Lunatic asylums Madras 1892-1911 - 1892-1911
Year: 1892
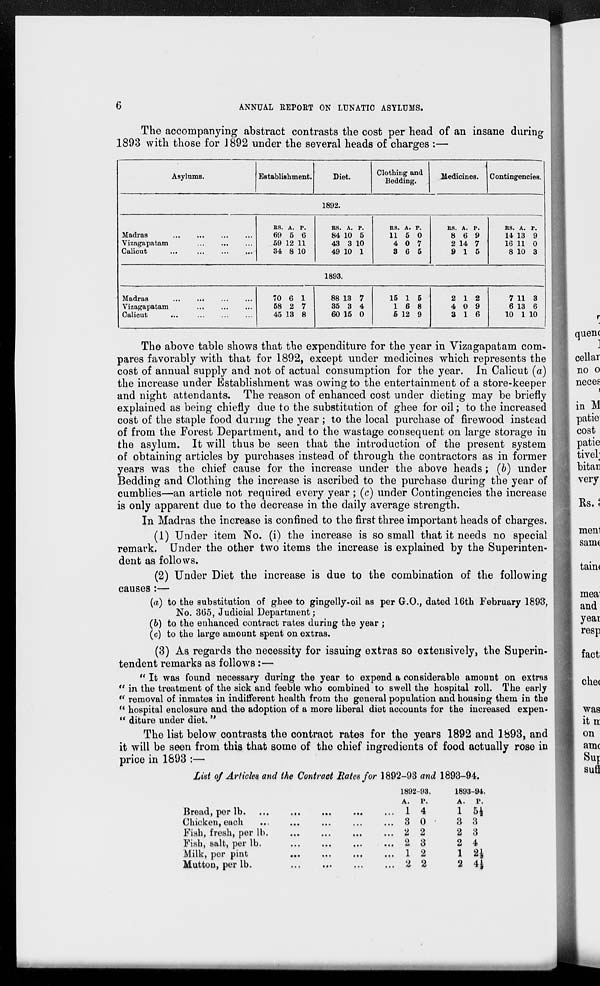
6
ANNUAL REPORT ON LUNATIC ASYLUMS.
The accompanying abstract contrasts the cost per head of an insane during
1893 with those for 1892 under the several heads of charges :—
Asylums.
Establishment.
Diet.
Clothing and
Bedding.
Medicines. Contingencies.
1892.
Madras ... ... ... ...
Vizagapatam
...
...
...
Calicut ... ... ... ...
RS.
69
59
34
A.
5
12
8
P.
6
11
10
RS.
84
43
49
A.
10
3
10
P.
5
10
1
RS.
11
4
3
A.
5
0
6
P.
0
7 5
RS.
8
2
9
A.
6
14
1
P.
9
7 5
RS.
14
16
8
A.
13
11
10
P.
9
0
3
1893.
Madras ... ... ... ...
Vizagapatam ... ... ...
Calicut ... ... ... ...
70
58
45
6
2
13
1
7
8
88
35
60
13
3
15
7
4
0
15
1
5
1
6
12
5
8
9
2
4
3
1
0
1
2
9
6
7
6
10
11
13
1
3
6
10
The above table shows that the expenditure for the year in Vizagapatam com-
pares favorably with that for 1892, except under medicines which represents the
cost of annual supply and not of actual consumption for the year. In Calicut (a)
the increase under Establishment was owing to the entertainment of a store-keeper
and night attendants. The reason of enhanced cost under dieting may be briefly
explained as being chiefly due to the substitution of ghee for oil; to the increased
cost of the staple food during the year; to the local purchase of firewood instead
of from the Forest Department, and to the wastage consequent on large storage in
the asylum. It will thus be seen that the introduction of the present system
of obtaining articles by purchases instead of through the contractors as in former
years was the chief cause for the increase under the above heads; (b) under
Bedding and Clothing the increase is ascribed to the purchase during the year of
cumblies—an article not required every year; (c) under Contingencies the increase
is only apparent due to the decrease in the daily average strength.
In Madras the increase is confined to the first three important heads of charges.
(1) Under item No. (i) the increase is so small that it needs no special
remark. Under the other two items the increase is explained by the Superinten-
dent as follows.
(2) Under Diet the increase is due to the combination of the following
causes :—
(a) to the substitution of ghee to gingelly-oil as per G.O., dated 16th February 1893,
No. 365, Judicial Department;
(b) to the enhanced contract rates during the year ;
(c) to the large amount spent on extras.
(3) As regards the necessity for issuing extras so extensively, the Superin-
tendent remarks as follows:—
"It was found necessary during the year to expend a considerable amount on extras
"in the treatment of the sick and feeble who combined to swell the hospital roll. The early
"removal of inmates in indifferent health from the general population and housing them in the
"hospital enclosure and the adoption of a more liberal diet accounts for the increased expen-
"diture under diet."
The list below contrasts the contract rates for the years 1892 and 1893, and
it will be seen from this that some of the chief ingredients of food actually rose in
price in 1893 :—
List of Articles and the Contract Rates for 1892-93 and 1893-94.
Bread, per lb. ... ... ... ... ...
Chicken, each ... ... ... ... ...
Fish, fresh, per lb. ... ... ... ...
Fish, salt, per lb. ... ... ... ...
Milk, per pint ... ... ... ...
Mutton, per
lb.
...
...
...
...
1892-93.
A.
1
3
2
2
1
2
P.
4
0
2
3
2
2
1893-94.
A.
1
3
2
2
1
2
P.
5½
3
3
4
2½
4½